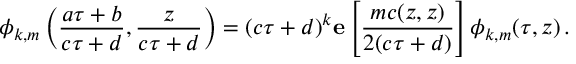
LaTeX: \phi _ { k , m } \left( \frac { a \tau + b } { c \tau + d } , \frac { z } { c \tau + d } \right) = ( c \tau + d ) ^ { k } { \bf e } \left[ \frac { m c ( z , z ) } { 2 ( c \tau + d ) } \right] \phi _ { k , m } ( \tau , z ) \, .